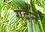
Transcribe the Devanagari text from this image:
गर्दनें